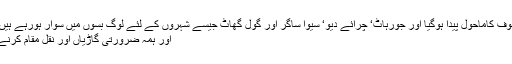
تازہ احکامات کی وجہہ سے لوگوں میں خوف کاماحول پیدا ہوگیا اور جورہاٹ‘ چرائے دیو‘ سیوا ساگر اور گول گھاٹ جیسے شہروں کے لئے لوگ بسوں میں سوار ہورہے ہیں‘ ایس یو وی کرایہ پر حاصل کررہے ہیں
اور ہمہ ضرورتی گاڑیاں اور نقل مقام کرنے والے ٹرکس کی مدد حاصل کررہے ہیں۔